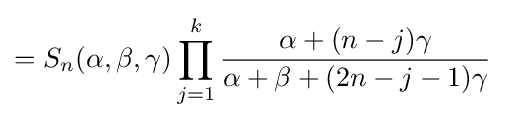
=S_{n}(\alpha ,\beta ,\gamma )\prod _{j=1}^{k}{\frac {\alpha +(n-j)\gamma }{\alpha +\beta +(2n-j-1)\gamma }}